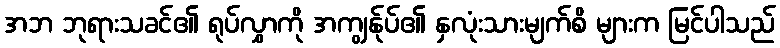
အဘ ဘုရားသခင်၏ ရုပ်လွှာကို အကျွန်ုပ်၏ နှလုံးသားမျက်စိ များက မြင်ပါသည်